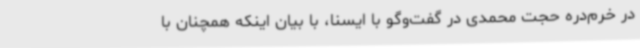
در خرم‌دره حجت محمدی در گفت‌وگو با ایسنا، با بیان اینکه همچنان با